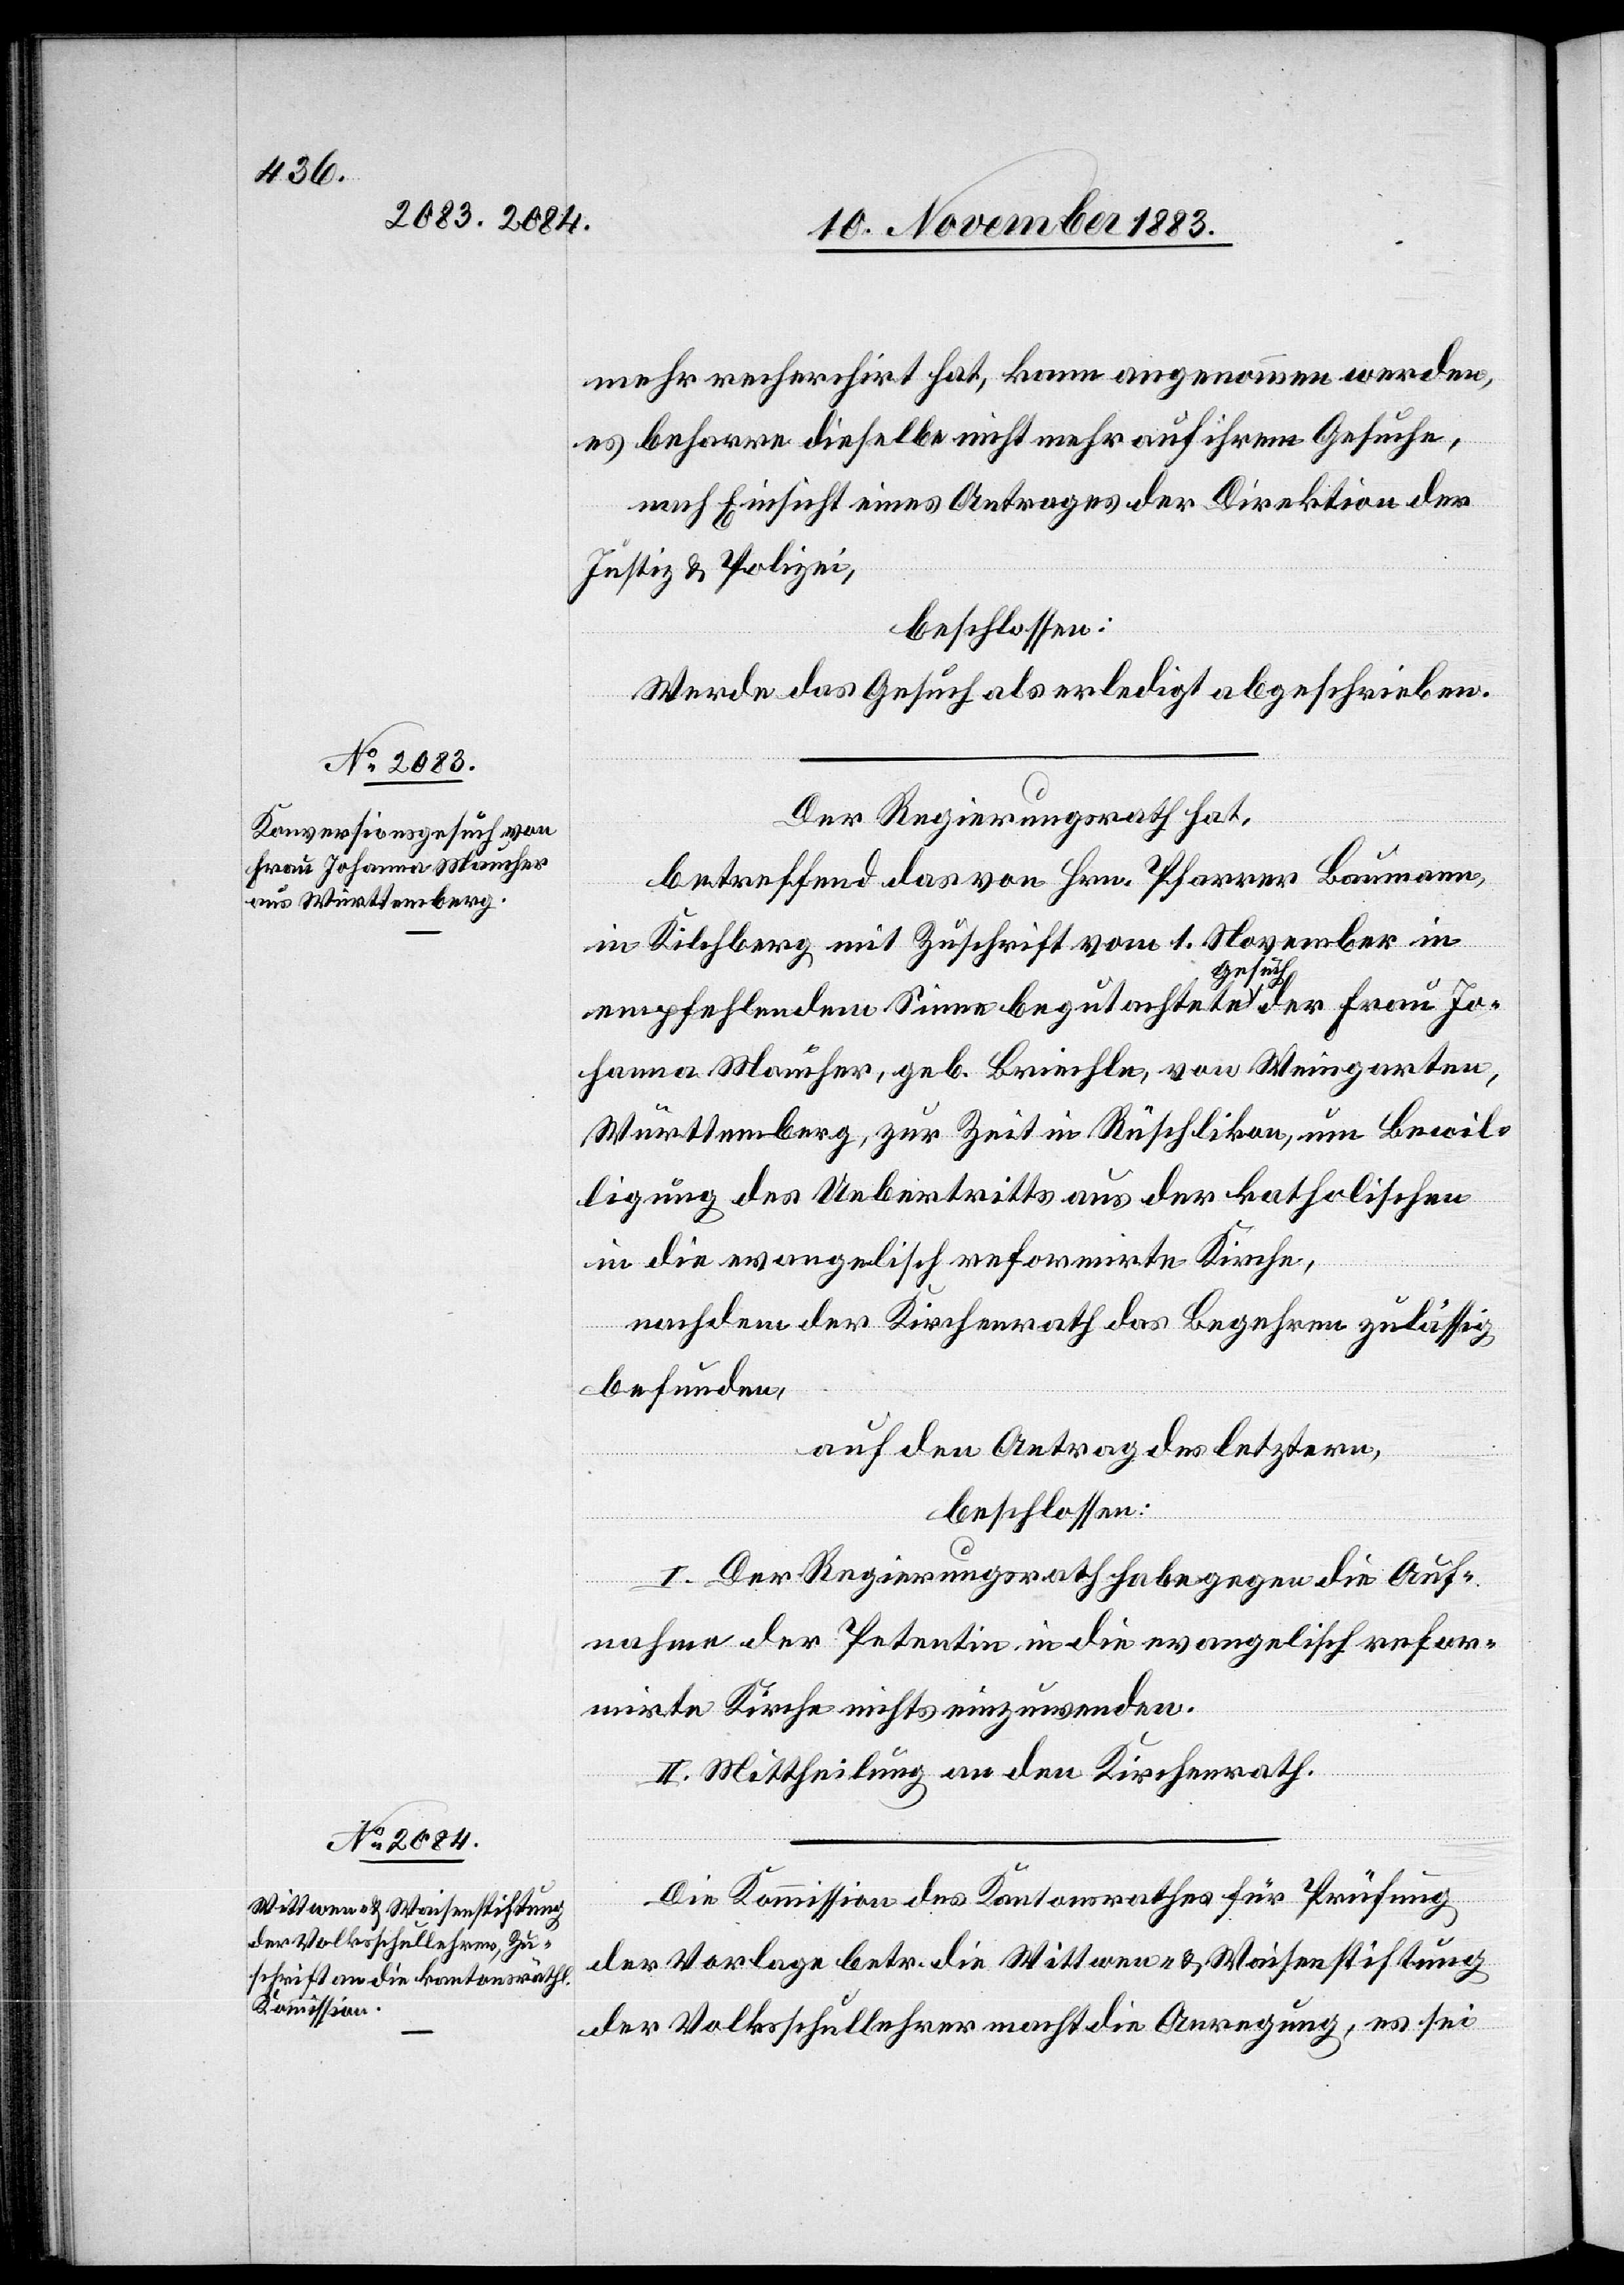
mehr recherchirt hat, kann angenommen werden,
es beharre dieselbe nicht mehr auf ihrem Gesuche,
nach Einsicht eines Antrages der Direktion der
Justiz & Polizei,
beschlossen:
Werde das Gesuch als erledigt abgeschrieben.
Der Regierungsrath hat,
betreffend das von Hrn. Pfarrer Baumann,
in Kilchberg mit Zuschrift vom 1. November in
empfehlendem Sinne begutachtete Gesuch der Frau Jo¬
hanna Maucher, geb. Briechle, von Weingarten,
Württemberg, zur Zeit in Rüschlikon, um Bewil¬
ligung des Uebertritts aus der katholischen
in die evangelisch reformirte Kirche,
nachdem der Kirchenrath das Begehren zulässig
befunden,
auf den Antrag des letztern,
beschlossen:
I. Der Regierungsrath habe gegen die Auf¬
nahme der Petentin in die evangelisch refor¬
mirte Kirche nichts einzuwenden.
II. Mittheilung an den Kirchenrath.
Die Kommission des Kantonsrathes für Prüfung
der Vorlage betr. die Wittwen- & Waisenstiftung
der Volksschullehrer macht die Anregung, es sei